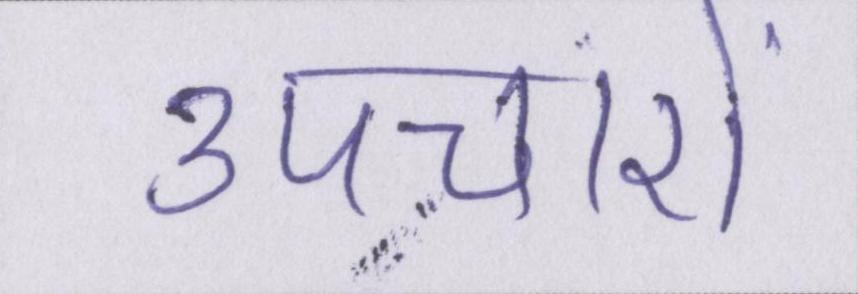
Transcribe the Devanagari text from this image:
उपचारों